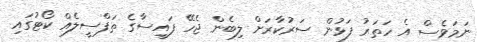
ނަމަވެސް އެ ހަތަރު ފަޅުން ސަރުކާރަށް ލިބެން ޖެހޭ ފައިސާގެ ތަފްސީލެއް ކޯޓުގައި